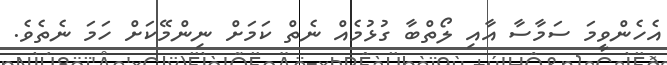
އެހެންވީމަ ސަމާސާ އާއި ލޯތްބާ ގުޅުމެއް ނެތް ކަމަށް ނިންމޭކަށް ހަމަ ނެތެވެ.